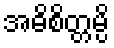
အဓိစိတ္တမ္ပိ